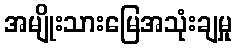
အမျိုးသားမြေအသုံးချမှု